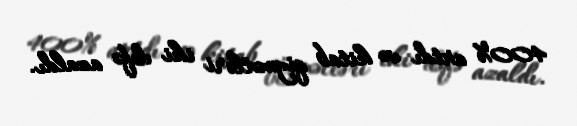
400% artdı və kitab qiymətləri iki dəfə azaldı.